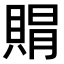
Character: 𮚐